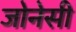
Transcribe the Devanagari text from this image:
जोनेसी